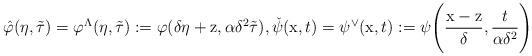
LaTeX: \begin{align*}\hat{\varphi}( \eta, \Tilde{\tau}) = \varphi^{\Lambda}( \eta, \Tilde{\tau}) := \varphi(\delta\eta + \mathrm{z}, \alpha\delta^2\Tilde{\tau}), \check{\psi}(\mathrm{x}, t) = \psi^\vee(\mathrm{x}, t) := \psi\Bigg(\frac{\mathrm{x}-\mathrm{z}}{\delta}, \frac{t}{\alpha\delta^2}\Bigg) \end{align*}